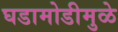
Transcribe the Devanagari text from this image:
घडामोडीमुळे